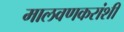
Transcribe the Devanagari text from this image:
मालवणकरांशी